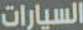
السيارات